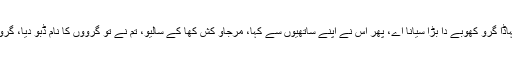
سردار نے کہا، من گئے جوانوں، تہاڈا گرو کھوبے دا بڑا سیانا اے، پھر اس نے اپنے ساتھیوں سے کہا، مرجاؤ کش کھا کے سالیو، تم نے تو گرووں کا نام ڈبو دیا، گرو وہی اچھا جو کھوبے میں کام آئے۔